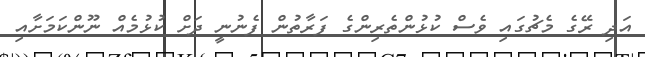
އަދި ރޭގެ މެޗުގައި ވެސް ކުޅުންތެރިންގެ ފަރާތުން ފެނުނީ ދަށް ކުޅުމެއް ނޫންކަމަށާއި